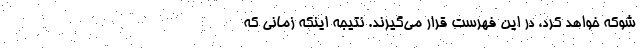
شوکه خواهد کرد، در این فهرست قرار می‌گیرند. نتیجه اینکه زمانی که